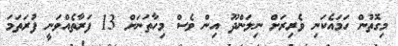
މިގޮތުން ހަމައެކަނި ވެރިރަށް ނިލަންދޫ އިން ވެސް މިހާތަނަށް 13 ފަރާތެއްވަނީ ފުރަތަމަ